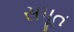
સપૂત